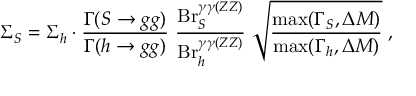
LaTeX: \Sigma _ { S } = \Sigma _ { h } \cdot { \frac { \Gamma ( S \to g g ) } { \Gamma ( h \to g g ) } } ~ { \frac { \mathrm { B r } _ { S } ^ { \gamma \gamma ( Z Z ) } } { \mathrm { B r } _ { h } ^ { \gamma \gamma ( Z Z ) } } } ~ \sqrt { \frac { \mathrm { m a x } ( \Gamma _ { S } , \Delta M ) } { \mathrm { m a x } ( \Gamma _ { h } , \Delta M ) } } \; ,